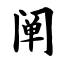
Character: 阐